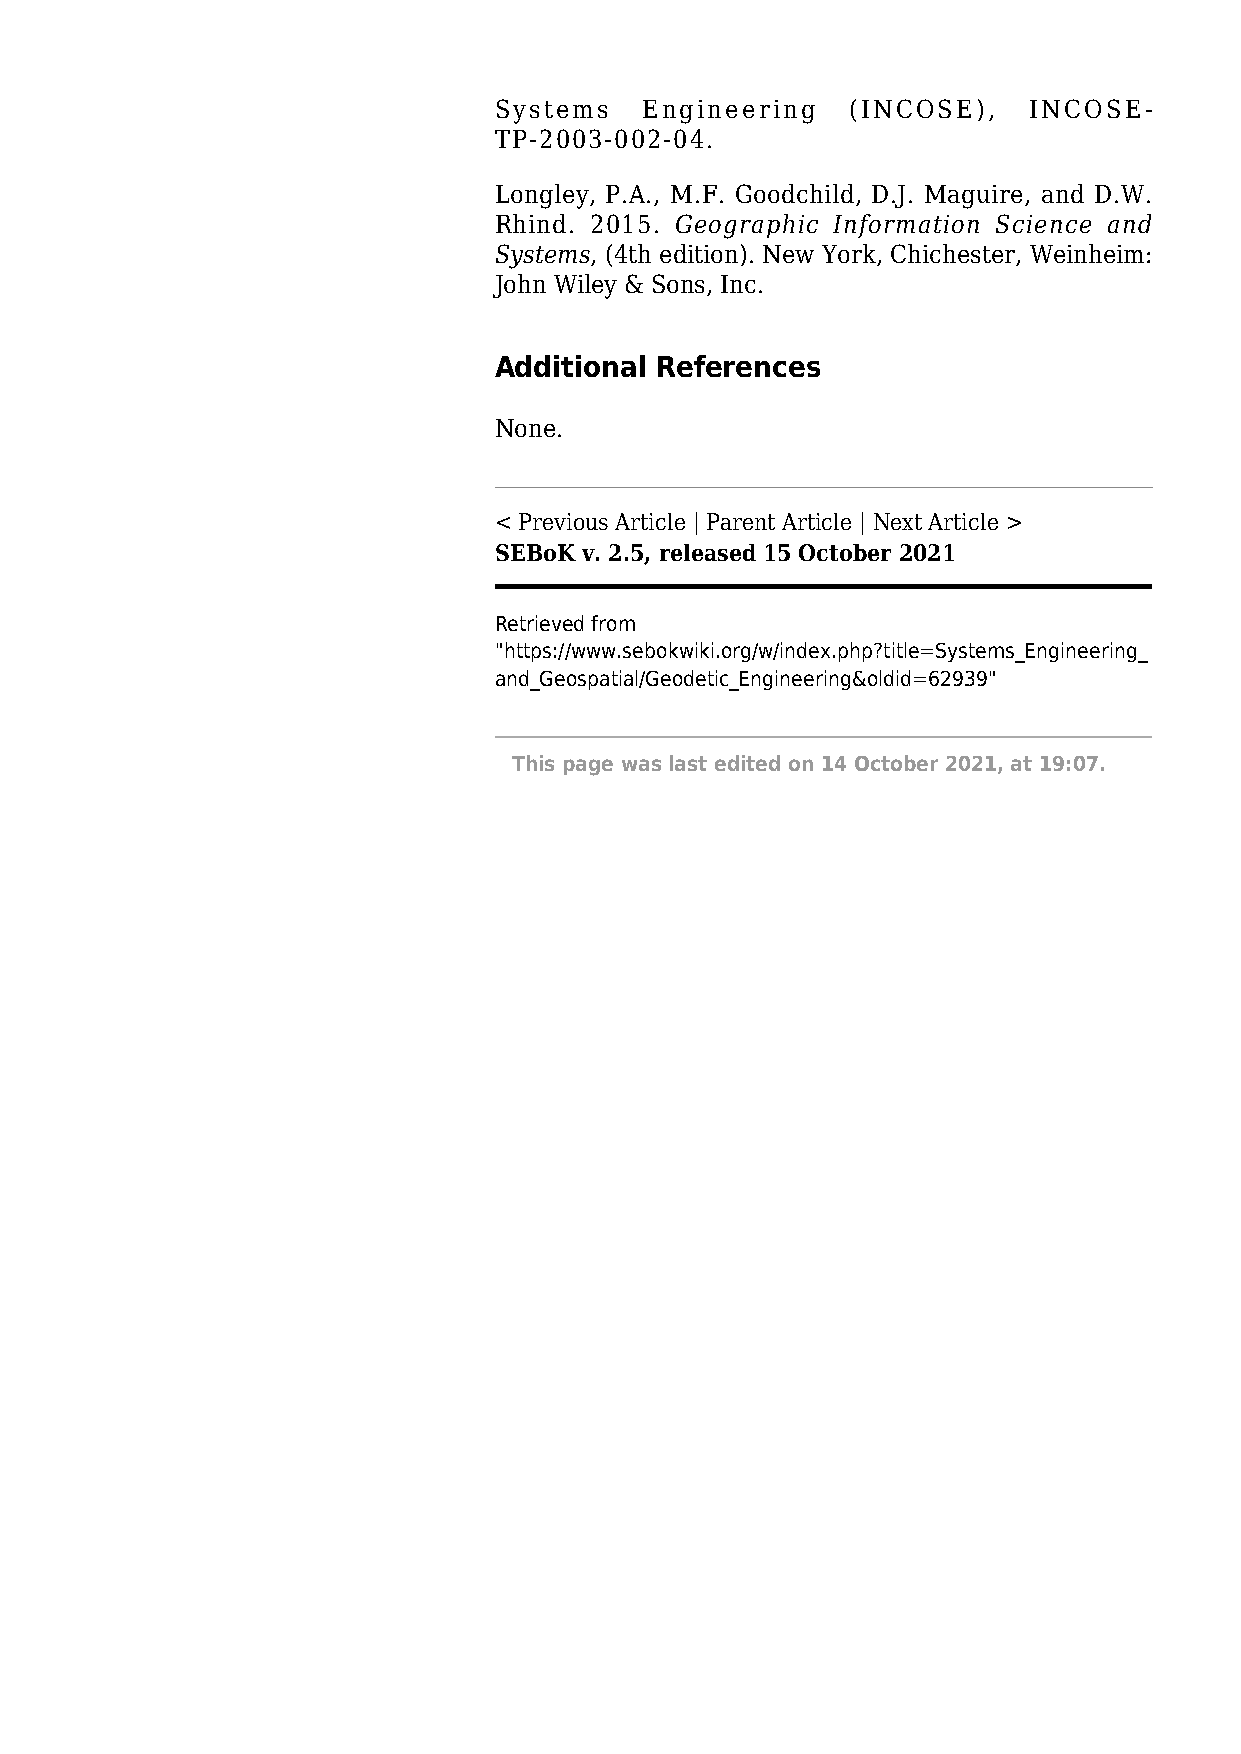
Systems   Engineering  (INCOSE),   INCOSE-
 TP-2003-002-04.
 Longley, P.A., M.F. Goodchild, D.J. Maguire, and D.W.
 Rhind. 2015. Geographic Information Science and
 Systems, (4th edition). New York, Chichester, Weinheim:
 John Wiley & Sons, Inc.
 Additional References
 None.
 < Previous Article | Parent Article | Next Article >
 SEBoK v. 2.5, released 15 October 2021
 Retrieved from
 "https://www.sebokwiki.org/w/index.php?title=Systems_Engineering_
 and_Geospatial/Geodetic_Engineering&oldid=62939"
 This page was last edited on 14 October 2021, at 19:07.